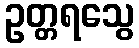
ဥတ္တရသွေ